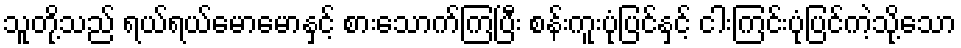
သူတို့သည် ရယ်ရယ်မောမောနှင့် စားသောက်ကြပြီး စန်းကူးပုံပြင်နှင့် ငါးကြင်းပုံပြင်ကဲ့သို့သော